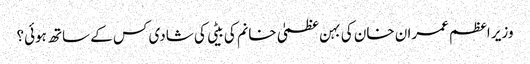
وزیر اعظم عمران خان کی بہن عظمیٰ خانم کی بیٹی کی شادی کس کے ساتھ ہوئی؟